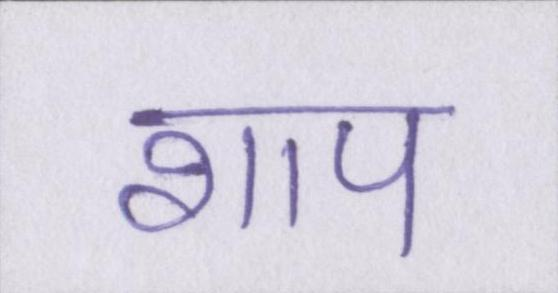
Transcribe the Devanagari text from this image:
शाप